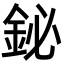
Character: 鉍